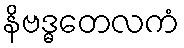
နိဗဒ္ဓတေလကံ